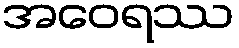
အဝေရဿ